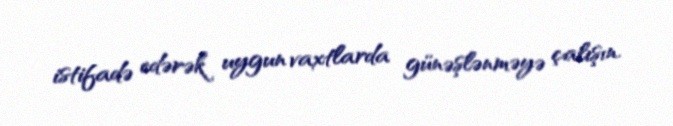
istifadə edərək uygun vaxtlarda günəşlənməyə çalışın.